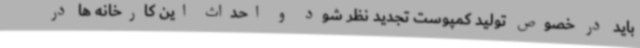
باید در خصوص تولید کمپوست تجدید نظر شود و احداث این کارخانه ها در